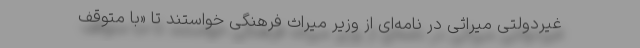
غیردولتی میراثی در نامه‌ای از وزیر میراث فرهنگی خواستند تا «با متوقف